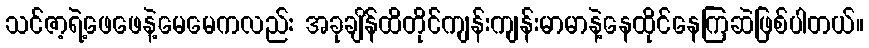
သင်ဇာ့ရဲ့ဖေဖေနဲ့မေမေကလည်း အခုချိန်ထိတိုင်ကျန်းကျန်းမာမာနဲ့နေထိုင်နေကြဆဲဖြစ်ပါတယ်။